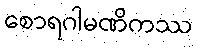
စောရဂါမဏိကဿ